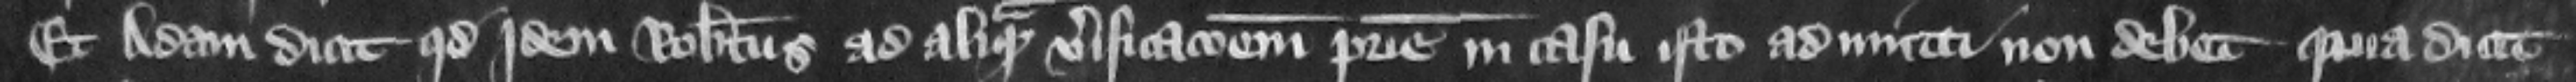
Et Adam dicit quod jdem Robertus ad aliquam verificacionem patrie in casu isto admitti non debet. quia dicit